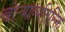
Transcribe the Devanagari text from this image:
खोऱ्याव्यतिरिक्त